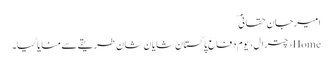
امیرجان حقانیؔ
Home›چترال›یوم دفاع پاکستان شایان شان طریقے سے منایا گیا۔